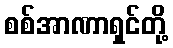
စစ်အာဏာရှင်တို့